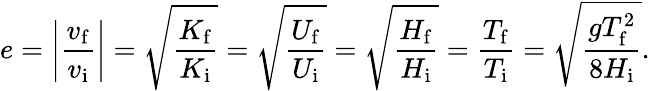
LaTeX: e=\left|{\frac{v_{\mathrm{f}}}{v_{\mathrm{i}}}}\right|={\sqrt{\frac{K_{\mathrm{f}}}{K_{\mathrm{i}}}}}={\sqrt{\frac{U_{\mathrm{f}}}{U_{\mathrm{i}}}}}={\sqrt{\frac{H_{\mathrm{f}}}{H_{\mathrm{i}}}}}={\frac{T_{\mathrm{f}}}{T_{\mathrm{i}}}}={\sqrt{\frac{gT_{\mathrm{f}}^{2}}{8H_{\mathrm{i}}}}}.